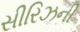
સીરિઝની